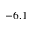
- 6 . 1